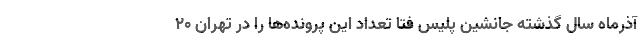
آذرماه سال گذشته جانشین پلیس فتا تعداد این پرونده‌ها را در تهران ۲۰